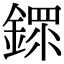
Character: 䤽